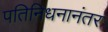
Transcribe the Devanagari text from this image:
पतिनिधनानंतर